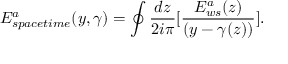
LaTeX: E _ { s p a c e t i m e } ^ { a } ( y , \gamma ) = \oint { \frac { d z } { 2 i \pi } } \lbrack { \frac { E _ { w s } ^ { a } ( z ) } { ( y - \gamma ( z ) ) } } \rbrack .